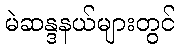
မဲဆန္ဒနယ်များတွင်